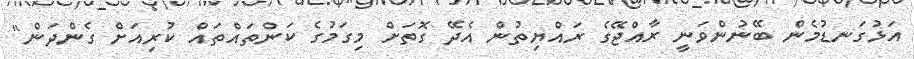
އަޅުގަނޑުމެން ބޭނުންވަނީ ރާއްޖޭގެ ރައްޔިތުން އެދޭ ގޮތަށް މިގަމުގެ ކަންތައްތައް ކުރިއަށް ގެންދަން"